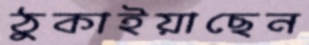
ঠুকাইয়াছেন